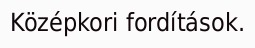
Középkori fordítások.